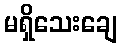
မရှိသေးချေ